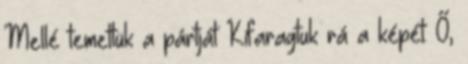
Mellé temettük a pártját Kifaragtuk rá a képét: Ő,